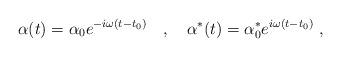
LaTeX: \begin{align*}\alpha(t)=\alpha_0e^{-i\omega(t-t_0)}\ \ \ ,\ \ \ \alpha^*(t)=\alpha_0^*e^{i\omega(t-t_0)}\ ,\end{align*}